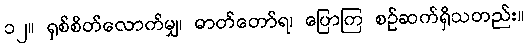
၁၂။ ရှစ်စိတ်လောက်မျှ၊ ဓာတ်တော်ရ၊ ပြောကြ စဉ်ဆက်ရှိသတည်း။